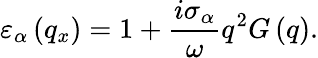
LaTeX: {{\varepsilon}_{\alpha}}\left({{q}_{x}}\right)=1+\frac{i{{\sigma}_{\alpha}}}{\omega}{{q}^{2}}G\left(q\right).